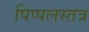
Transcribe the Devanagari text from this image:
पिप्पलस्तत्र